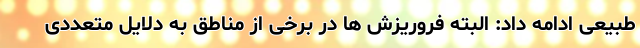
طبیعی ادامه داد:‌ البته فروریزش ها در برخی از مناطق به دلایل متعددی